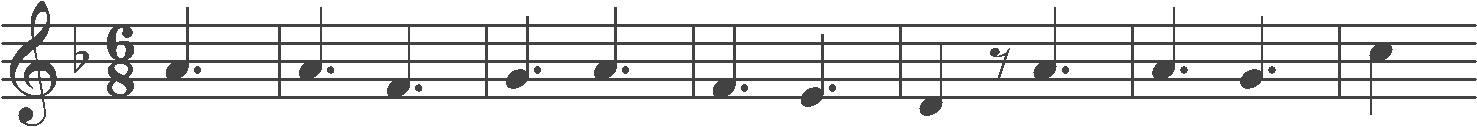
Transcription: clef-G2 keySignature-FM timeSignature-6/8 note-A4_quarter. barline note-A4_quarter. note-F4_quarter. barline note-G4_quarter. note-A4_quarter. barline note-F4_quarter. note-E4_quarter. barline note-D4_quarter rest-eighth note-A4_quarter. barline note-A4_quarter. note-G4_quarter. barline note-C5_quarter